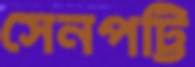
সেনপট্টি